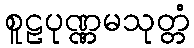
စူဠပုဏ္ဏမသုတ္တံ